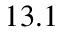
1 3 . 1